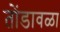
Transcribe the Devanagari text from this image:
तोंडावळा